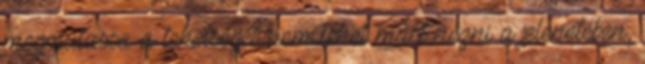
megmutassa a tehetségét: nem lehet mást nézni a jelenetében,